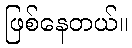
ဖြစ်နေတယ်။